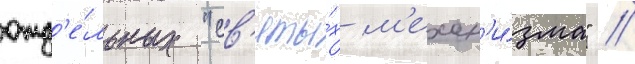
отд'е́льных "св'яты́х м'ехан'и́зма" //